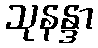
သုနန္ဒာ